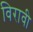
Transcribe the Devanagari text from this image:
विरावी